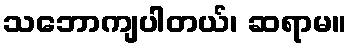
သဘောကျပါတယ်၊ ဆရာမ။